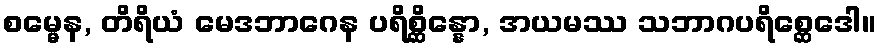
စမ္မေန, တိရိယံ မေဒဘာဂေန ပရိစ္ဆိန္နော, အယမဿ သဘာဂပရိစ္ဆေဒေါ။